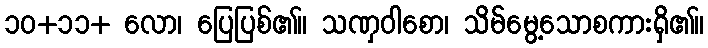
၁၀+၁၁+ လော၊ ပြေပြစ်၏။ သဏှဝါစော၊ သိမ်မွေ့သောစကားရှိ၏။